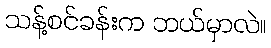
သန့်စင်ခန်းက ဘယ်မှာလဲ။